Lunatic asylums United Prov. 1922-30 - 1922-1930
Year: 1922
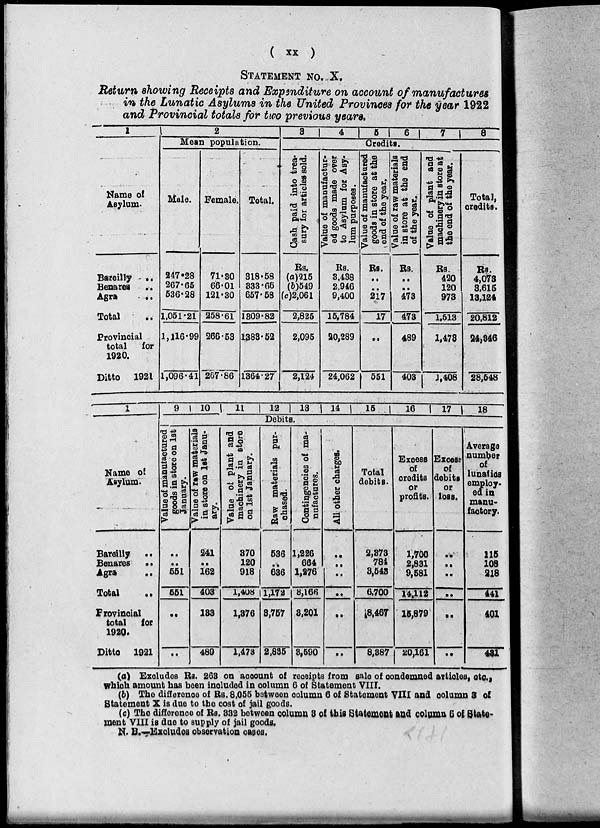
(
xx
)
STATEMENT NO. X.
Return showing Receipts and Expenditure on account of manufactures
in the Lunatic Asylums in the United Provinces for the year 1922
and Provincial totals for two previous years.
1
Name of
Asylum.
Bareilly
..
Benares ..
Agra
..
Total
..
Provincial
total
for
1920.
Ditto 1921
2
Mean population.
Male.
247.28
267.65
536.28
1,051.21
1,116.99
1,096.41
Female.
71.30
66.01
121.30
258.61
266.53
267.86
Total.
318.58
333.66
657.58
1309.82
1383.52
1364.27
3
4
5
6
7
8
Credits.
Cash paid into trea-
sury for articles sold.
Rs.
(a)215
(b)549
(c)2,061
2,825
2,095
2,124
Value of manufactur-
ed goods made over
to Asylum for Asy-
lum purposes.
Rs.
3,438
2,946
9,400
15,784
20,289
24,062
Value of manufactured
goods in store at the
end of the year.
Rs.
..
..
217
17
..
551
Value of raw materials
in store at the end
of the year.
Rs.
..
..
473
473
489
403
Value of plant and
machinery in store at
the end of the year.
Rs.
420
120
973
1,513
1,473
1,408
Total,
credits.
Rs.
4,073
3,615
13,124
20,812
24,346
28,548
1
Name of
Asylum.
Bareilly
..
Benares
..
Agra
..
Total
..
Provincial
total for
1920.
Ditto 1921
9
10
11
12
13
Debits.
Value of manufactured
goods in store on 1st
January.
..
..
551
551
..
..
Value of raw materials
in store on 1st Janu-
ary.
241
..
162
403
133
489
Value of plant and
machinery in store
on 1st January.
370
120
918
1,408
1,376
1,473
Raw materials pur-
chased.
536
..
636
1,172
3,757
2,835
Contingencies of ma-
nufactures.
1,226
664
1,276
3,166
3,201
3,590
14
All other charges.
..
..
..
..
..
..
15
16
17
18
Total
debits.
2,373
784
3,543
6,700
8,467
8,387
Excess
of
credits
or
profits.
1,700
2,831
9,581
14,112
15,879
20,161
Excess
of
debits
or
loss.
..
..
..
..
..
..
Average
number
of
lunatics
employ¬
ed in
manu¬
factory.
115
108
218
441
401
431
(a) Excludes Rs. 263 on account of receipts from sale of condemned articles, etc.,
which amount has been included in column 6 of Statement VIII.
(b) The difference of Rs. 8,055 between column 6 of Statement VIII and column 3 of
Statement X is due to the cost of jail goods.
(c) The difference of Rs. 332 between column 3 of this Statement and column 6 of State-
ment VIII is due to supply of jail goods.
N. B.—Excludes observation cases.